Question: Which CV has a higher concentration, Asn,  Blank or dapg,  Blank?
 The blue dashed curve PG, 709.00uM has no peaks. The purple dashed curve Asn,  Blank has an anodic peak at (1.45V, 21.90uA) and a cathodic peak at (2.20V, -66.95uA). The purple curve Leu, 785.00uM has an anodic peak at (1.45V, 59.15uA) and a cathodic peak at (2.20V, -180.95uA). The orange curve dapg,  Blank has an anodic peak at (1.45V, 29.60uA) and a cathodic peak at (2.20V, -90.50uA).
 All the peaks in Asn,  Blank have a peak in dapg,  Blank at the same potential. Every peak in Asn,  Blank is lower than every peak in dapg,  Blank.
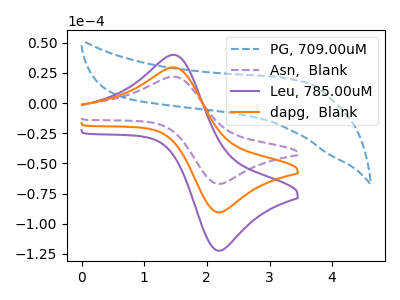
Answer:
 <answer>"Asn,  Blank" has less signal than "dapg,  Blank" and so likely has a lower concentration.</answer>
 <eval>less_concentration</eval>